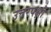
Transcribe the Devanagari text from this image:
उत्तरपक्षों